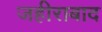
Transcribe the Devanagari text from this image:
जहीराबाद